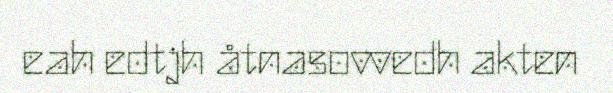
eah edtjh åtnasovvedh akten